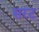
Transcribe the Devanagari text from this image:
सरट